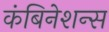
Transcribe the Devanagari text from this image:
कंबिनेशन्स